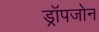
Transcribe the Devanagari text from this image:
ड्रॉपजोन